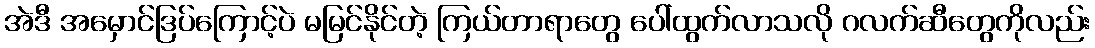
အဲဒီ အမှောင်ဒြပ်ကြောင့်ပဲ မမြင်နိုင်တဲ့ ကြယ်တာရာတွေ ပေါ်ထွက်လာသလို ဂလက်ဆီတွေကိုလည်း